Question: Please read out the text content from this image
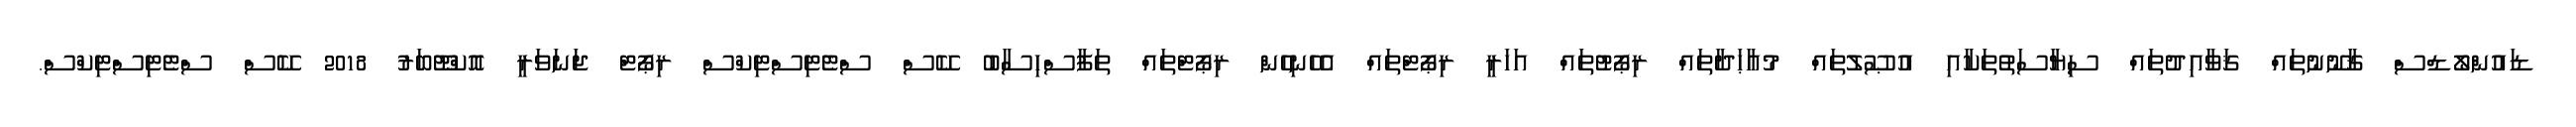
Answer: ޑައުންލޯޑްސް ޤާނޫނުތައް ޤަވާއިދުތައް ސިޔާސަތުތަކާއި އުޞޫލުތައް މުއާޙަދާތައް ރިޕޯޓުތައް އަހަރީ ރިޕޯޓްތައް އެހެނިހެން ރިޕޯޓްތައް ތަފާސްހިސާބު ކޭސް ސްޓެޓިސްޓިކްސް ރިޕޯޓް ޖަނަވަރީ އޮކްޓޫބަރު 2018 ކޭސް ސްޓެޓިސްޓިކްސް.